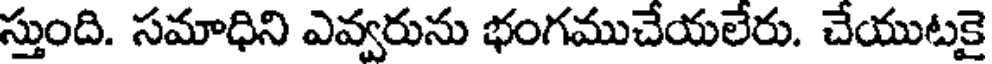
స్తుంది. సమాధిని ఎవ్వరును భంగముచేయలేరు. చేయుటకై